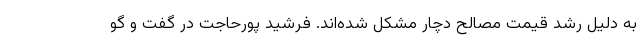
به دلیل رشد قیمت مصالح دچار مشکل شده‌اند. فرشید پورحاجت در گفت و گو